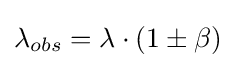
\lambda _{obs}=\lambda \cdot (1\pm \beta )